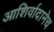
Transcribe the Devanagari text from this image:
आशिर्वादानेच